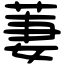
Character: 萋